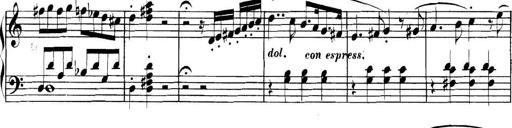
Title: Collected Piano Sonatas
Composer: Muzio Clementi